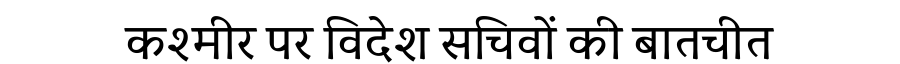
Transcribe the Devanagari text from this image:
कश्मीर पर विदेश सचिवों की बातचीत